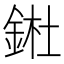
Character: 𨧀